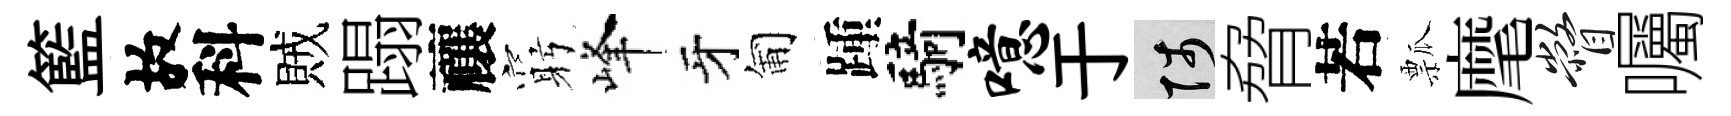
籃故科賊蹋禳窮峰牙匍踵騎噫于陟脅若瓢麾瞥囑